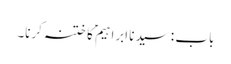
باب : سیدنا ابراہیمؑ کا ختنہ کرنا۔